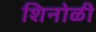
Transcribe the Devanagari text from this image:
शिनोळी